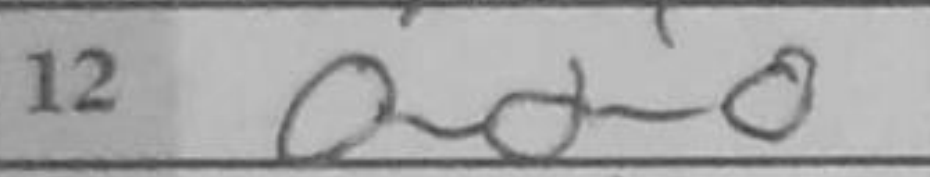
Transcription: O-O-O